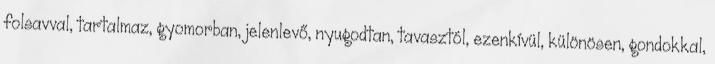
folsavval, tartalmaz, gyomorban, jelenlevő, nyugodtan, tavasztól, ezenkívül, különösen, gondokkal,